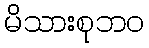
မိသားစုဘဝ